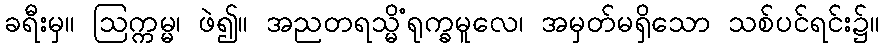
ခရီးမှ။ ဩက္ကမ္မ၊ ဖဲ၍။ အညတရသ္မိံရုက္ခမူလေ၊ အမှတ်မရှိသော သစ်ပင်ရင်း၌။